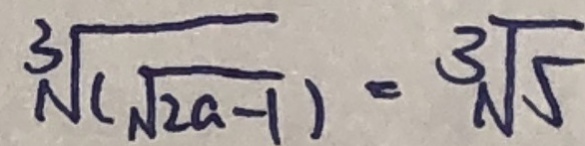
\sqrt [ 3 ] { ( \sqrt { 2 a - 1 } ) } = 3 \sqrt { 5 }